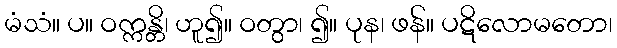
မံသံ။ ပ။ ဝက္ကန္တိ၊ ဟူ၍။ ဝတွာ၊ ၍။ ပုန၊ ဖန်။ ပဋိလောမတော၊